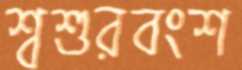
শ্বশুরবংশ